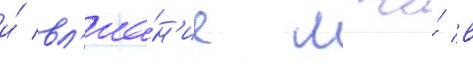
и́ вл'иа́н'ие лжи́ в